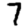
Digit: 7